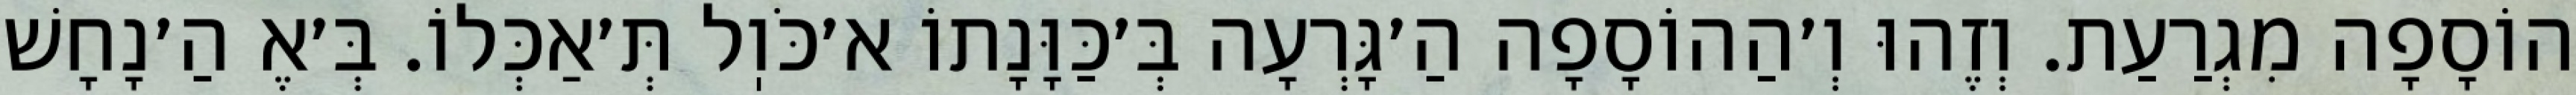
הוֹסָפָה מִגְרַעַת. וְזֶהוּ וְ׳הַהוֹסָפָה הַ׳גָּרְעָה בְּ׳כַּוָּנָתוֹ א׳כֹּוֽל תְּ׳אַכְּלוֹ. בְּ׳אֶ הַ׳נָחָשׁ